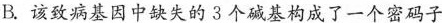
B.该致病基因中缺失的3个碱基构成了一个密码子